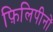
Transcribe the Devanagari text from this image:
फ़िलिपीनों